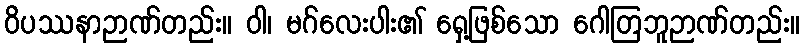
ဝိပဿနာဉာဏ်တည်း။ ဝါ၊ မဂ်လေးပါး၏ ရှေ့ဖြစ်သော ဂေါတြဘူဉာဏ်တည်း။